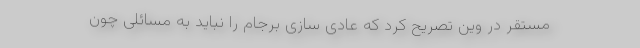
مستقر در وین تصریح کرد که عادی سازی برجام را نباید به مسائلی چون